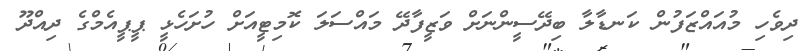
ދިވެހި މުއައްޒަފުން ކަނޑާލާ ބިދޭސީންނަށް ވަޒީފާދޭ މައްސަލަ ކޮމިޓީއަށް ހުށަހެޅީ ޕީޕީއެމްގެ ދިއްދޫ